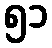
၅၁